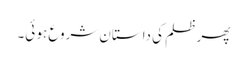
پھر ظلم کی داستان شروع ہو ئی۔